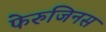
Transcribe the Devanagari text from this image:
फेरुजिनस